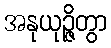
အနုယုဉ္ဇိတွာ